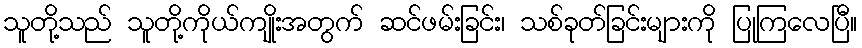
သူတို့သည် သူတို့ကိုယ်ကျိုးအတွက် ဆင်ဖမ်းခြင်း၊ သစ်ခုတ်ခြင်းများကို ပြုကြလေပြီ။